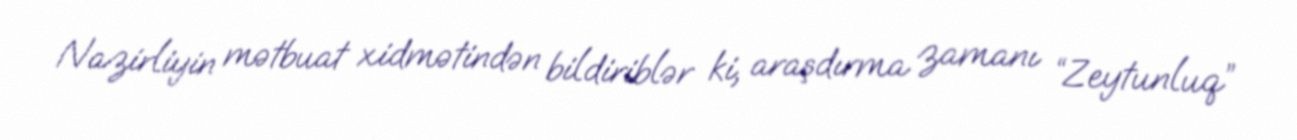
Nazirliyin mətbuat xidmətindən bildiriblər ki, araşdırma zamanı “Zeytunluq”